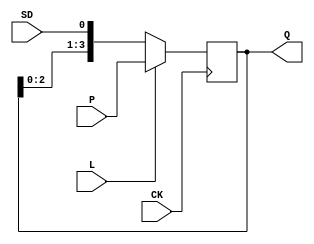
// Fujitsu AV cell
// 4-bit Shift Register With Synchronous Load
// furrtek 2022

`timescale 1ns/100ps

module FS2(
	input CK,
	input [3:0] P,
	input SD, L,
	output reg [3:0] Q = 4'd0
);

	always @(negedge CK)
	begin
		if (L)
			Q <= #1 P;					// Load tmax = ?
		else
			Q <= #1 {Q[2:0], SD};	// Shift tmax = 7.9ns
	end

endmodule